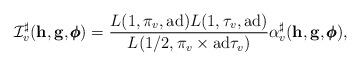
LaTeX: \begin{align*} \mathcal I_v^{\sharp} (\mathbf h, \mathbf g, \pmb{\phi}) = \frac{L(1,\pi_v,\mathrm{ad})L(1,\tau_v,\mathrm{ad})}{L(1/2,\pi_v\times \mathrm{ad}\tau_v)} \alpha_v^{\sharp} (\mathbf h, \mathbf g, \pmb{\phi}),\end{align*}